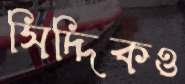
সিদ্দিকও